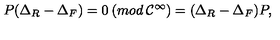
P ( \Delta _ { R } - \Delta _ { F } ) = 0 \: ( m o d \: { \cal C } ^ { \infty } ) = ( \Delta _ { R } - \Delta _ { F } ) P ,